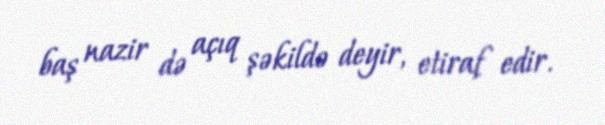
baş nazir də açıq şəkildə deyir, etiraf edir.